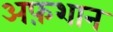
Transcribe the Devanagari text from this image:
अफ़शान